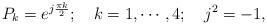
LaTeX: \begin{align*}P_{k}= e^{j\frac{\pi k}{2}}; ~~~ k = 1, \cdots, 4; ~~~ j^{2} = -1,\end{align*}